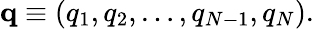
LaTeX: \mathbf{q}\equiv\left(q_{1},q_{2},\ldots,q_{N-1},q_{N}\right).